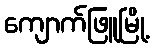
ကျောက်ဖြူမြို့